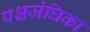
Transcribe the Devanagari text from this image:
पश्चजंघिका